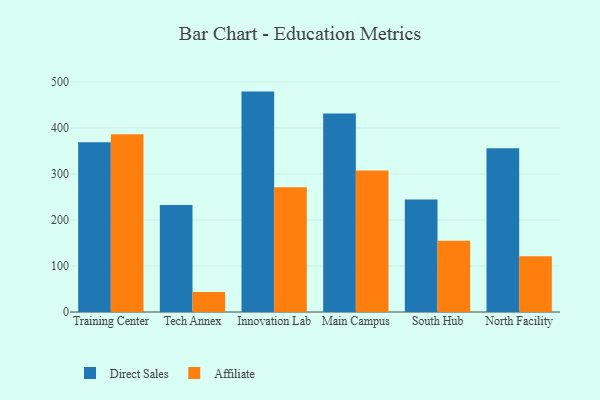
{"axis": {"x": "Campus", "y": "Production Output"}, "legend": ["Affiliate", "Direct Sales"], "data": [{"x": "Training Center", "y": 369.0, "type": "Direct Sales"}, {"x": "Training Center", "y": 386.4, "type": "Affiliate"}, {"x": "Tech Annex", "y": 232.6, "type": "Direct Sales"}, {"x": "Tech Annex", "y": 43.6, "type": "Affiliate"}, {"x": "Innovation Lab", "y": 479.0, "type": "Direct Sales"}, {"x": "Innovation Lab", "y": 271.2, "type": "Affiliate"}, {"x": "Main Campus", "y": 431.6, "type": "Direct Sales"}, {"x": "Main Campus", "y": 307.7, "type": "Affiliate"}, {"x": "South Hub", "y": 244.4, "type": "Direct Sales"}, {"x": "South Hub", "y": 154.8, "type": "Affiliate"}, {"x": "North Facility", "y": 355.8, "type": "Direct Sales"}, {"x": "North Facility", "y": 121.3, "type": "Affiliate"}]}